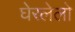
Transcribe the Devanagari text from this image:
घेरलेलो